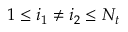
1 \le i _ { 1 } \neq i _ { 2 } \le N _ { t }